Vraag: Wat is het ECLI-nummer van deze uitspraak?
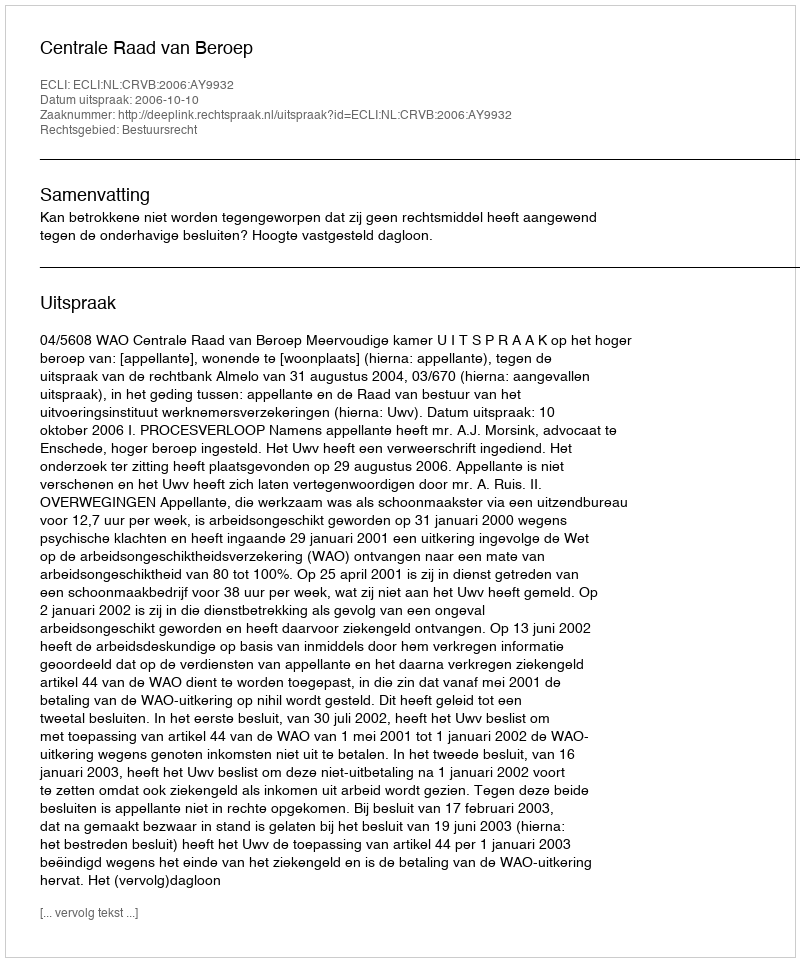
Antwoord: ECLI:NL:CRVB:2006:AY9932